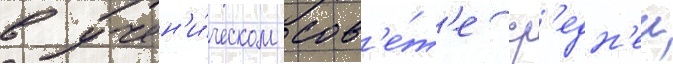
в учен'и́ческом сов'е́т'е ср'едн'еи